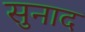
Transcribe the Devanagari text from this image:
सुनाद